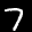
Label: 7